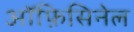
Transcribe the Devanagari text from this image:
ऑफ़िसिनेल